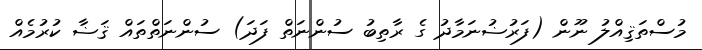
މުސްތަޤިއްލު ނޫން (ފަރުޟުނަމާދު ގެ ރާތިބު ސުންނަތް ފަދަ) ސުންނަތްތައް ޤަޟާ ކުރުމެއް